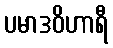
ပမာဒဝိဟာရီ